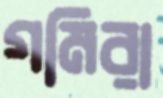
গমিরা